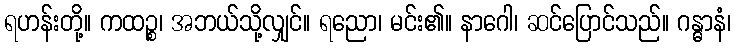
ရဟန်းတို့။ ကထဉ္စ၊ အဘယ်သို့လျှင်။ ရညော၊ မင်း၏။ နာဂေါ၊ ဆင်ပြောင်သည်။ ဂန္ဓာနံ၊